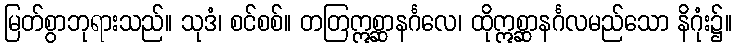
မြတ်စွာဘုရားသည်။ သုဒံ၊ စင်စစ်။ တတြဣစ္ဆာနင်္ဂလေ၊ ထိုဣစ္ဆာနင်္ဂလမည်သော နိဂုံး၌။